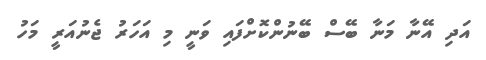
އަދި އޭނާ މަނާ ބޭސް ބޭނުންކޮށްފައި ވަނީ މި އަހަރު ޖެނުއަރީ މަހު